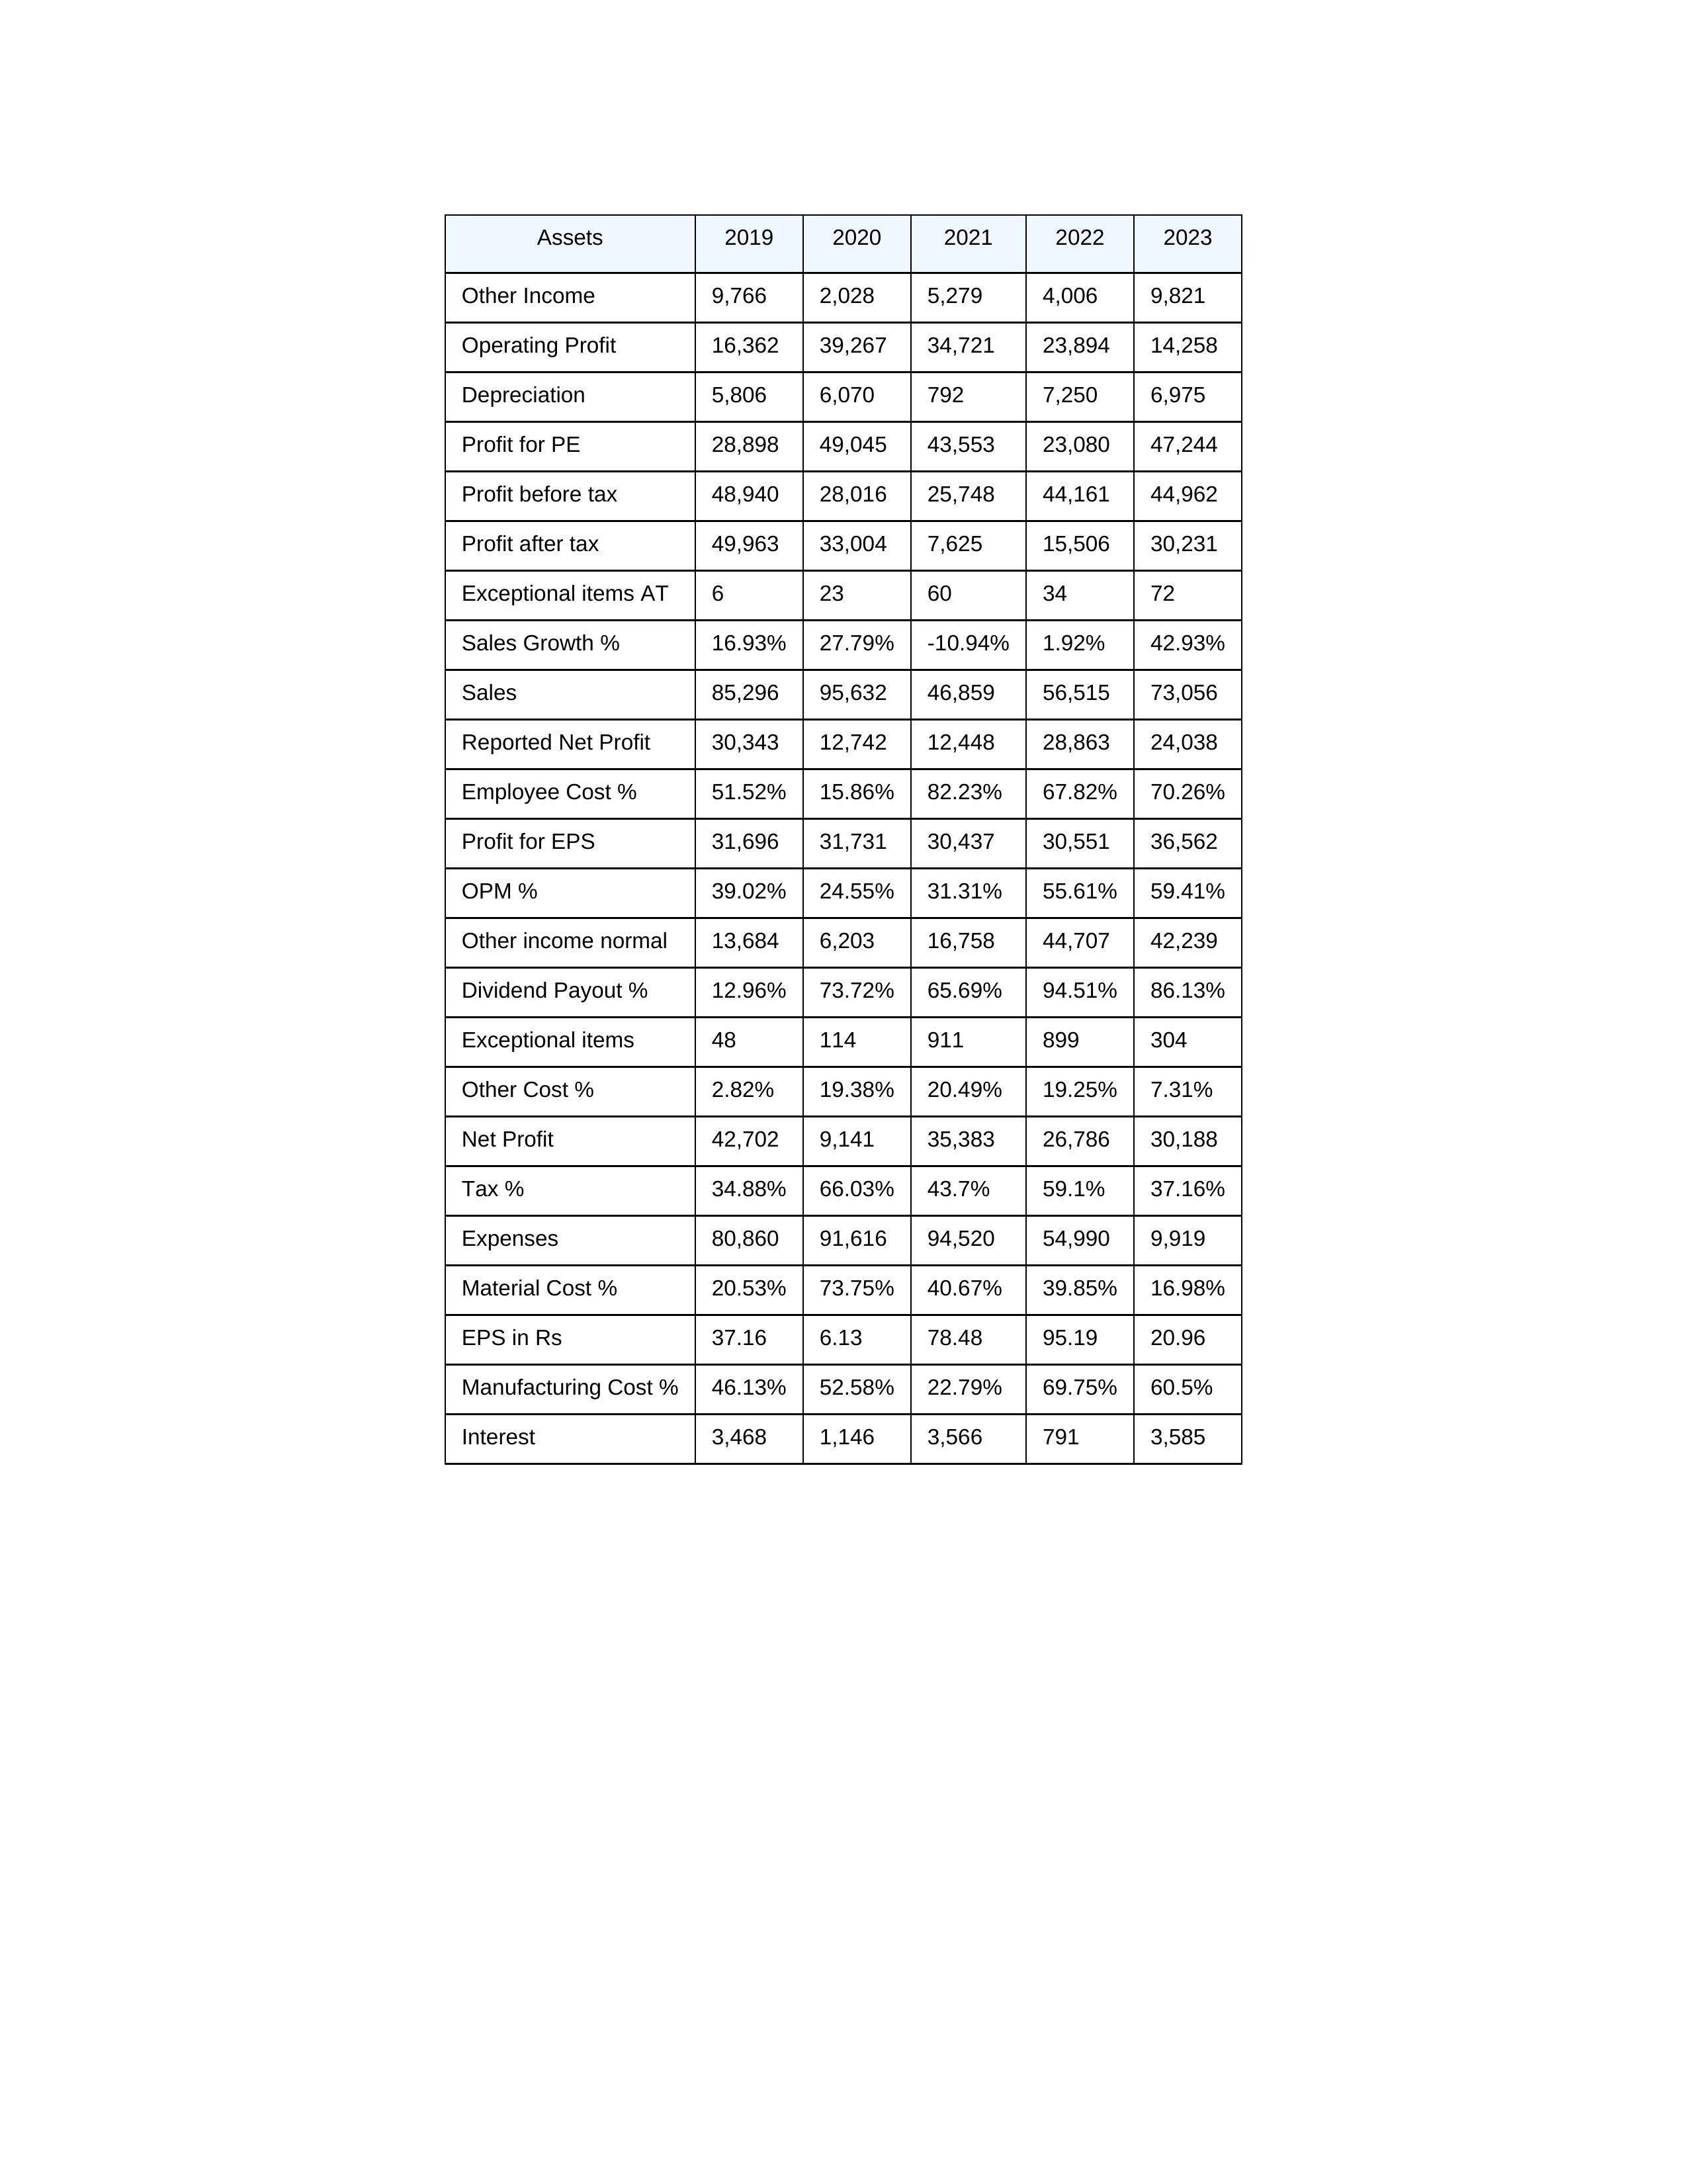
gt_parse: 2019: Sales: 85,296
Sales Growth %: 16.93%
Expenses: 80,860
Material Cost %: 20.53%
Manufacturing Cost %: 46.13%
Employee Cost %: 51.52%
Other Cost %: 2.82%
Operating Profit: 16,362
OPM %: 39.02%
Other Income: 9,766
Exceptional items: 48
Other income normal: 13,684
Interest: 3,468
Depreciation: 5,806
Profit before tax: 48,940
Tax %: 34.88%
Net Profit: 42,702
Profit after tax: 49,963
Reported Net Profit: 30,343
Profit for EPS: 31,696
Exceptional items AT: 6
Profit for PE: 28,898
EPS in Rs: 37.16
Dividend Payout %: 12.96%
2020: Sales: 95,632
Sales Growth %: 27.79%
Expenses: 91,616
Material Cost %: 73.75%
Manufacturing Cost %: 52.58%
Employee Cost %: 15.86%
Other Cost %: 19.38%
Operating Profit: 39,267
OPM %: 24.55%
Other Income: 2,028
Exceptional items: 114
Other income normal: 6,203
Interest: 1,146
Depreciation: 6,070
Profit before tax: 28,016
Tax %: 66.03%
Net Profit: 9,141
Profit after tax: 33,004
Reported Net Profit: 12,742
Profit for EPS: 31,731
Exceptional items AT: 23
Profit for PE: 49,045
EPS in Rs: 6.13
Dividend Payout %: 73.72%
2021: Sales: 46,859
Sales Growth %: -10.94%
Expenses: 94,520
Material Cost %: 40.67%
Manufacturing Cost %: 22.79%
Employee Cost %: 82.23%
Other Cost %: 20.49%
Operating Profit: 34,721
OPM %: 31.31%
Other Income: 5,279
Exceptional items: 911
Other income normal: 16,758
Interest: 3,566
Depreciation: 792
Profit before tax: 25,748
Tax %: 43.7%
Net Profit: 35,383
Profit after tax: 7,625
Reported Net Profit: 12,448
Profit for EPS: 30,437
Exceptional items AT: 60
Profit for PE: 43,553
EPS in Rs: 78.48
Dividend Payout %: 65.69%
2022: Sales: 56,515
Sales Growth %: 1.92%
Expenses: 54,990
Material Cost %: 39.85%
Manufacturing Cost %: 69.75%
Employee Cost %: 67.82%
Other Cost %: 19.25%
Operating Profit: 23,894
OPM %: 55.61%
Other Income: 4,006
Exceptional items: 899
Other income normal: 44,707
Interest: 791
Depreciation: 7,250
Profit before tax: 44,161
Tax %: 59.1%
Net Profit: 26,786
Profit after tax: 15,506
Reported Net Profit: 28,863
Profit for EPS: 30,551
Exceptional items AT: 34
Profit for PE: 23,080
EPS in Rs: 95.19
Dividend Payout %: 94.51%
2023: Sales: 73,056
Sales Growth %: 42.93%
Expenses: 9,919
Material Cost %: 16.98%
Manufacturing Cost %: 60.5%
Employee Cost %: 70.26%
Other Cost %: 7.31%
Operating Profit: 14,258
OPM %: 59.41%
Other Income: 9,821
Exceptional items: 304
Other income normal: 42,239
Interest: 3,585
Depreciation: 6,975
Profit before tax: 44,962
Tax %: 37.16%
Net Profit: 30,188
Profit after tax: 30,231
Reported Net Profit: 24,038
Profit for EPS: 36,562
Exceptional items AT: 72
Profit for PE: 47,244
EPS in Rs: 20.96
Dividend Payout %: 86.13%